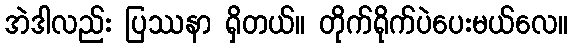
အဲဒါလည်း ပြဿနာ ရှိတယ်။ တိုက်ရိုက်ပဲပေးမယ်လေ။